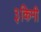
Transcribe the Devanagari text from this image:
३किमी